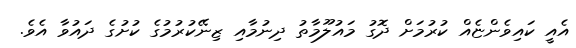
އެއީ ކައިވެންޏެއް ކުރުމަށް ދޮގު މައުލޫމާތު ދިނުމާއި ޒިނޭކުރުމުގެ ކުށުގެ ދައުވާ އެވެ.